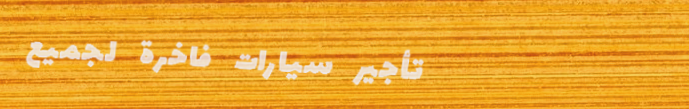
تأجير سيارات فاخرة لجميع